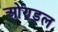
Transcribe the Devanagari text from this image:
ओण्डल